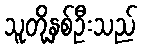
သူတို့နှစ်ဦးသည်